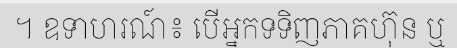
។ ឧទាហរណ៍៖ បើអ្នកទទិញភាគហ៊ុន ឬ